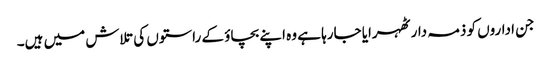
جن اداروں کو ذمہ دار ٹھہرایا جارہا ہے وہ اپنے بچاؤ کے راستوں کی تلاش میں ہیں۔